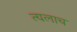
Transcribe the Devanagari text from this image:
त्यलाच